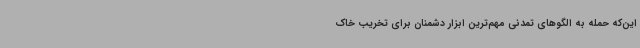
این‌که حمله به الگوهای تمدنی مهم‌ترین ابزار دشمنان برای تخریب خاک